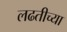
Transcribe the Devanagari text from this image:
लढतीच्या